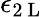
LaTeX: \epsilon_{2\mathrm{~L~}}